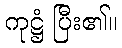
ကုဋ္ဌံ ပြီး၏။